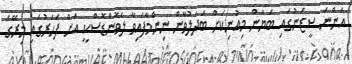
އަންނަ ސީޒަނުގައި ބަޔާން މިއުނިކަށް ބަދަލުވާން ނިންމާފައިވާ ލެވޮންޑޮސްކީ އަށް ފަހަރުގައި މިރޭގެ